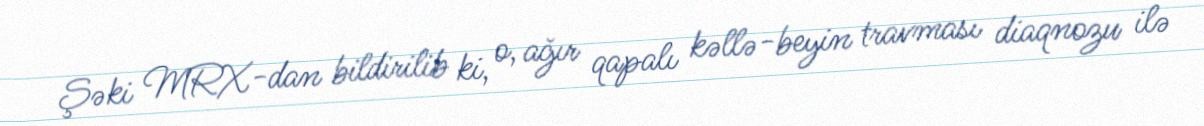
Şəki MRX-dan bildirilib ki, o, ağır qapalı kəllə-beyin travması diaqnozu ilə